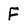
Character: F